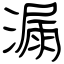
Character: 漏